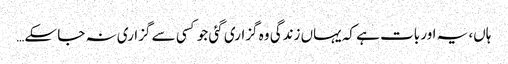
ہاں، یہ اور بات ہے کہ یہاں زندگی وہ گزاری گئی جو کسی سے گزاری نہ جا سکے…